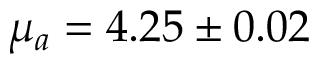
\mu _ { a } = 4 . 2 5 \pm 0 . 0 2